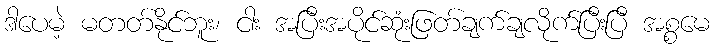
ဒါပေမဲ့ မတတ်နိုင်ဘူး၊ ငါး အပြီးအပိုင်ဆုံးဖြတ်ချက်ချလိုက်ပြီးပြီ အစ္စမေ